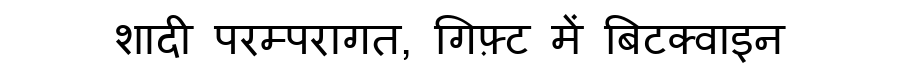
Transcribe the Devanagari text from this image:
शादी परम्परागत, गिफ़्ट में बिटक्वाइन